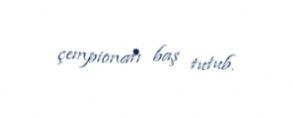
çempionatı baş tutub.